Vaccination in Bombay 1913-1923 - 1913-1923
Year: 1913
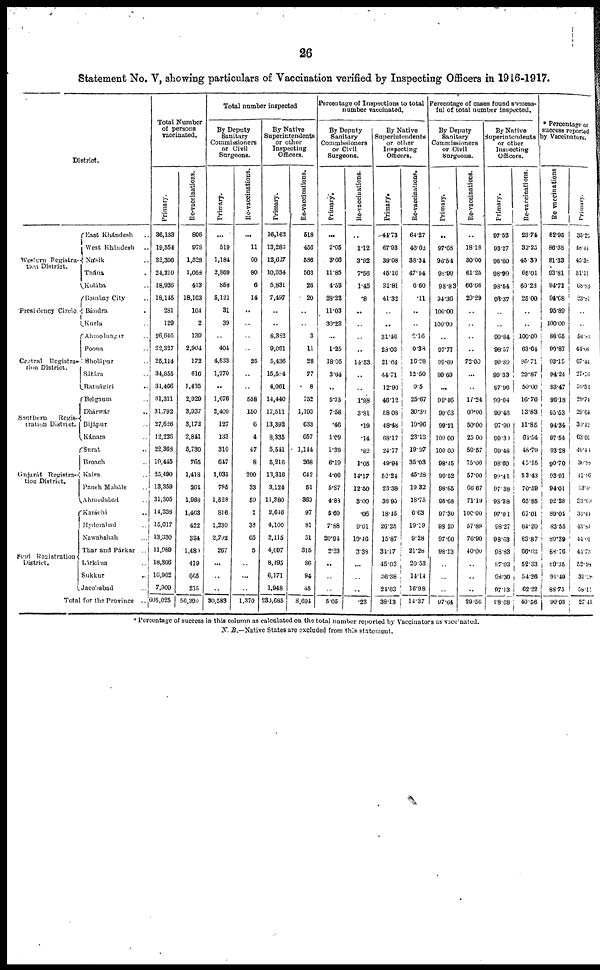
26
Statement No. V, showing particulars of Vaccination verified by Inspecting Officers in 1916-1917.
District.
Western Registra-
tion District.
Presidency Circle.
Central Registra-
tion District.
Southern
Regis-
tration District.
Gujarát Registra-
tion District.
Sind Registration
District.
East Khándesh ..
West Khándesh ..
Násik ..
Thána ..
Kolába ..
Bombay City ..
Bándra ..
Kurla ..
Ahmednagar ..
Poona ..
Sholápur ..
Sátára ..
Ratnágiri ..
Belgaum ..
Dhárwár ..
Bijápur ..
Kánara ..
Surat ..
Broach ..
Kaira ..
Panch Maháls ..
Ahmedabad ..
Karáchi ..
Hyderabad ..
Nawabshah ..
Thar and Párkar
..
Lárkána
..
Sukkur
..
Jacobabad ..
Total for the Province
..
Total Number
of persons
vaccinated.
Primary.
36,133
19,554
32,306
24,210
18,926
18,145
281
129
26,646
32,327
25,114
34,855
31,466
31,311
31,792
27,626
12,226
22,368
10,445
25,490
13,359
31,305
14,338
15,617
13,330
11,989
18,366
16,962
7,909
605,025
Re-vaccinations.
806
978
1,528
1,058
413
18,163
104
2
139
2,904
172
616
1,435
2,929
3,937
3,172
2,841
5,730
765
1,418
264
1,968
1,463
422
334
1,480
419
665
235
56,390
Total number inspected
By Deputy
Sanitary
Commissioners
or Civil
Surgeons.
Primary.
...
519
1,184
2,869
858
5,121
31
39
..
404
4,533
1,270
..
1,676
2,409
127
133
310
647
1,035
785
1,528
816
1,230
2,792
267
...
..
..
30,583
Re-vaccinations.
...
11
60
80
6
14
..
..
..
..
25
..
..
558
150
6
4
47
8
200
33
59
1
38
65
5
..
..
..
1,370
By Native
Superintendents
or other
Inspecting
Officers.
Primary.
16,162
13,283
12,627
10,934
5,831
7,497
..
..
8,382
9,061
5,436
15,584
4,061
14,440
17,511
13,392
8,335
5,541
5,216
13,316
3,124
11,380
2,646
4,100
2,115
4,097
8,495
6,171
1,948
230,685
Re-vaccinations.
518
456
586
503
26
20
..
..
3
11
28
77
8
752
1,193
633
657
1,144
268
642
51
369
97
81
31
315
86
94
45
8,694
Percentage of Inspections to total
number vaccinated.
By Deputy
Sanitary
Commissioners
or Civil
Surgeons.
Primary.
...
2.65
3.66
11.85
4.53
28.22
11.03
30.23
...
1.25
18.05
3.64
..
5.35
7.58
.46
1.09
1.39
6.19
4.06
5.87
4.88
5.69
7.88
20.94
2.23
..
..
..
5.05
Re-vaccinations.
..
1.12
3.92
7.56
1.45
.8
..
..
..
..
14.53
..
..
1.98
3.81
.19
.14
.82
1.05
14.17
12.50
3.00
.06
9.01
19.46
3.38
...
..
..
.23
By Native
Superintendents
or other
Inspecting
Officers.
Primary.
44.73
67.93
39.08
45.16
31.81
41.32
..
..
31.46
28.03
21.65
44.71
12.90
46.12
58.08
48.48
68.17
24.77
49.94
52.24
23.38
36.95
18.45
26.25
15.87
34.17
45.03
36.38
24.63
38.13
Re-vaccinations.
64.27
46.62
38.34
47.54
6.60
.11
..
..
2.16
0.38
16.28
12.50
0.5
25.67
30.30
19.96
23.13
19.97
35.03
45.28
19.32
18.75
6.63
19.19
9.28
21.28
20.53
14.14
16.98
14.37
Percentage of cases found success-
ful of total number inspected.
By Deputy
Sanitary
Commissioners
or Civil
Surgeons.
Primary.
..
97.68
96.54
98.99
98.83
94.36
100.00
100.00
..
97.77
99.69
99.69
...
99.46
99.63
99.21
100.00
100.00
98.45
99.52
98.85
95.68
97.30
98.20
97.60
98.13
..
..
..
97.64
Re-vaccinations.
..
18.18
30.00
61.25
66.66
29.29
..
..
..
..
72.00
...
..
17.24
60.00
50.00
25.00
59.57
75.00
57.00
66.67
71.19
100.00
57.89
76.90
40.00
..
..
..
29.56
By Native
Superintendents
or other
Inspecting
Officers.
Primary.
97.52
93.27
96.60
98.99
98.54
93.37
..
..
99.84
98.57
99.89
99.33
97.96
99.04
99.46
97.90
99.30
99.48
98.60
99.41
97.38
98.38
97.01
98.27
98.63
98.83
97.03
98.30
97.13
98.68
Re-vaccinations.
23.74
39.25
45.39
65.01
69.23
25.00
..
..
100.00
63.64
85.71
29.87
50.00
16.76
13.83
11.85
64.54
48.79
45.15
53.43
70.59
65.85
67.01
64.20
83.87
66.03
52.33
54.26
62.22
40.56
* Percentage of
success reported
by Vaccinators.
Re-vaccinations
82.95
86.38
81.33
93.81
94.71
94.68
95.89
100.00
88.65
90.87
93.15
94.24
93.47
96.18
95.53
94.34
97.54
93.28
90.70
93.91
94.01
92.28
89.04
83.55
89.39
88.76
89.35
94.49
88.75
90.93
Primary.
35.25
48.44
46.38
51.11
68.83
23. 81
..
..
56.83
44.66
67.44
27.76
59.51
29.74
29.64
30.42
63.01
49.44
30.98
41.96
53. 46
33.69
31.44
43.84
44.01
44.73
52.98
31.28
58.11
27.41
* Percentage of success in this column as calculated on the total number reported by Vaccinators as vaccinated.
N. B.—Native States are excluded from this statement.